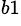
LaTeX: ^{b1}